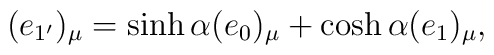
(e_{1'})_\mu = \sinh \alpha (e_0)_\mu + \cosh \alpha (e_1)_\mu,